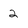
Character: 2